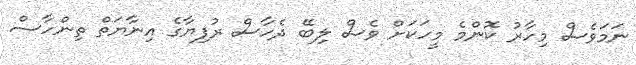
ނަމަވެސް މިހާރު ކޮންމެ މީހަކަށް ވެސް ލިބޭ ދެހާސް ރުފިޔާގެ އިނާޔަތް ތިންހާސް